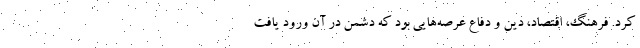
کرد. فرهنگ، اقتصاد، دین و دفاع عرصه‌هایی بود که دشمن در آن ورود یافت